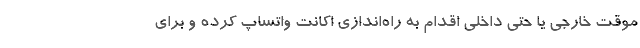
موقت خارجی یا حتی داخلی اقدام به راه‌اندازی اکانت واتساپ کرده و برای